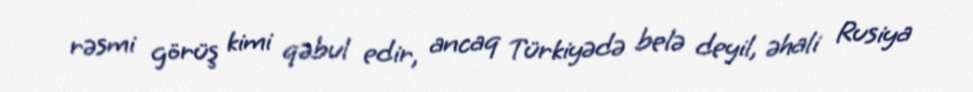
rəsmi görüş kimi qəbul edir, ancaq Türkiyədə belə deyil, əhali Rusiya